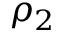
\rho _ { 2 }